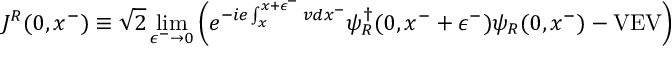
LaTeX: J ^ { R } ( 0 , x ^ { - } ) \equiv \sqrt { 2 } \operatorname * { l i m } _ { \epsilon ^ { - } \rightarrow 0 } \left( e ^ { - i e \int _ { x } ^ { x + \epsilon ^ { - } } v d x ^ { - } } \psi _ { R } ^ { \dagger } ( 0 , x ^ { - } + \epsilon ^ { - } ) \psi _ { R } ( 0 , x ^ { - } ) - \mathrm { V E V } \right)